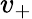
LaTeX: v_{+}